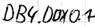
Text: DB4.DBX0.1